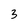
Character: 3